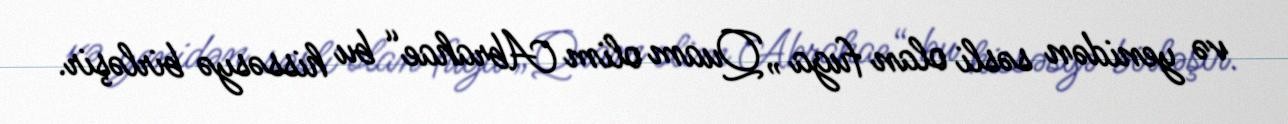
və yenidən səsli olan fuga „Quam olim Abrahae“ bu hissəsyə birləşir.